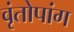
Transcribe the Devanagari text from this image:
वृंतोपांग